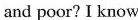
and poor?I know